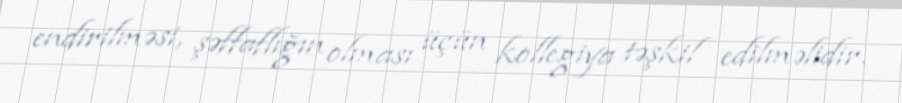
endirilməsi, şəffaflığın olması üçün kollegiya təşkil edilməlidir.